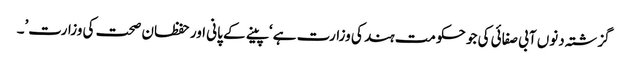
گزشتہ دنوں آبی صفائی کی جو حکومت ہند کی وزارت ہے ‘پینے کے پانی اور حفظان صحت کی وزارت’۔